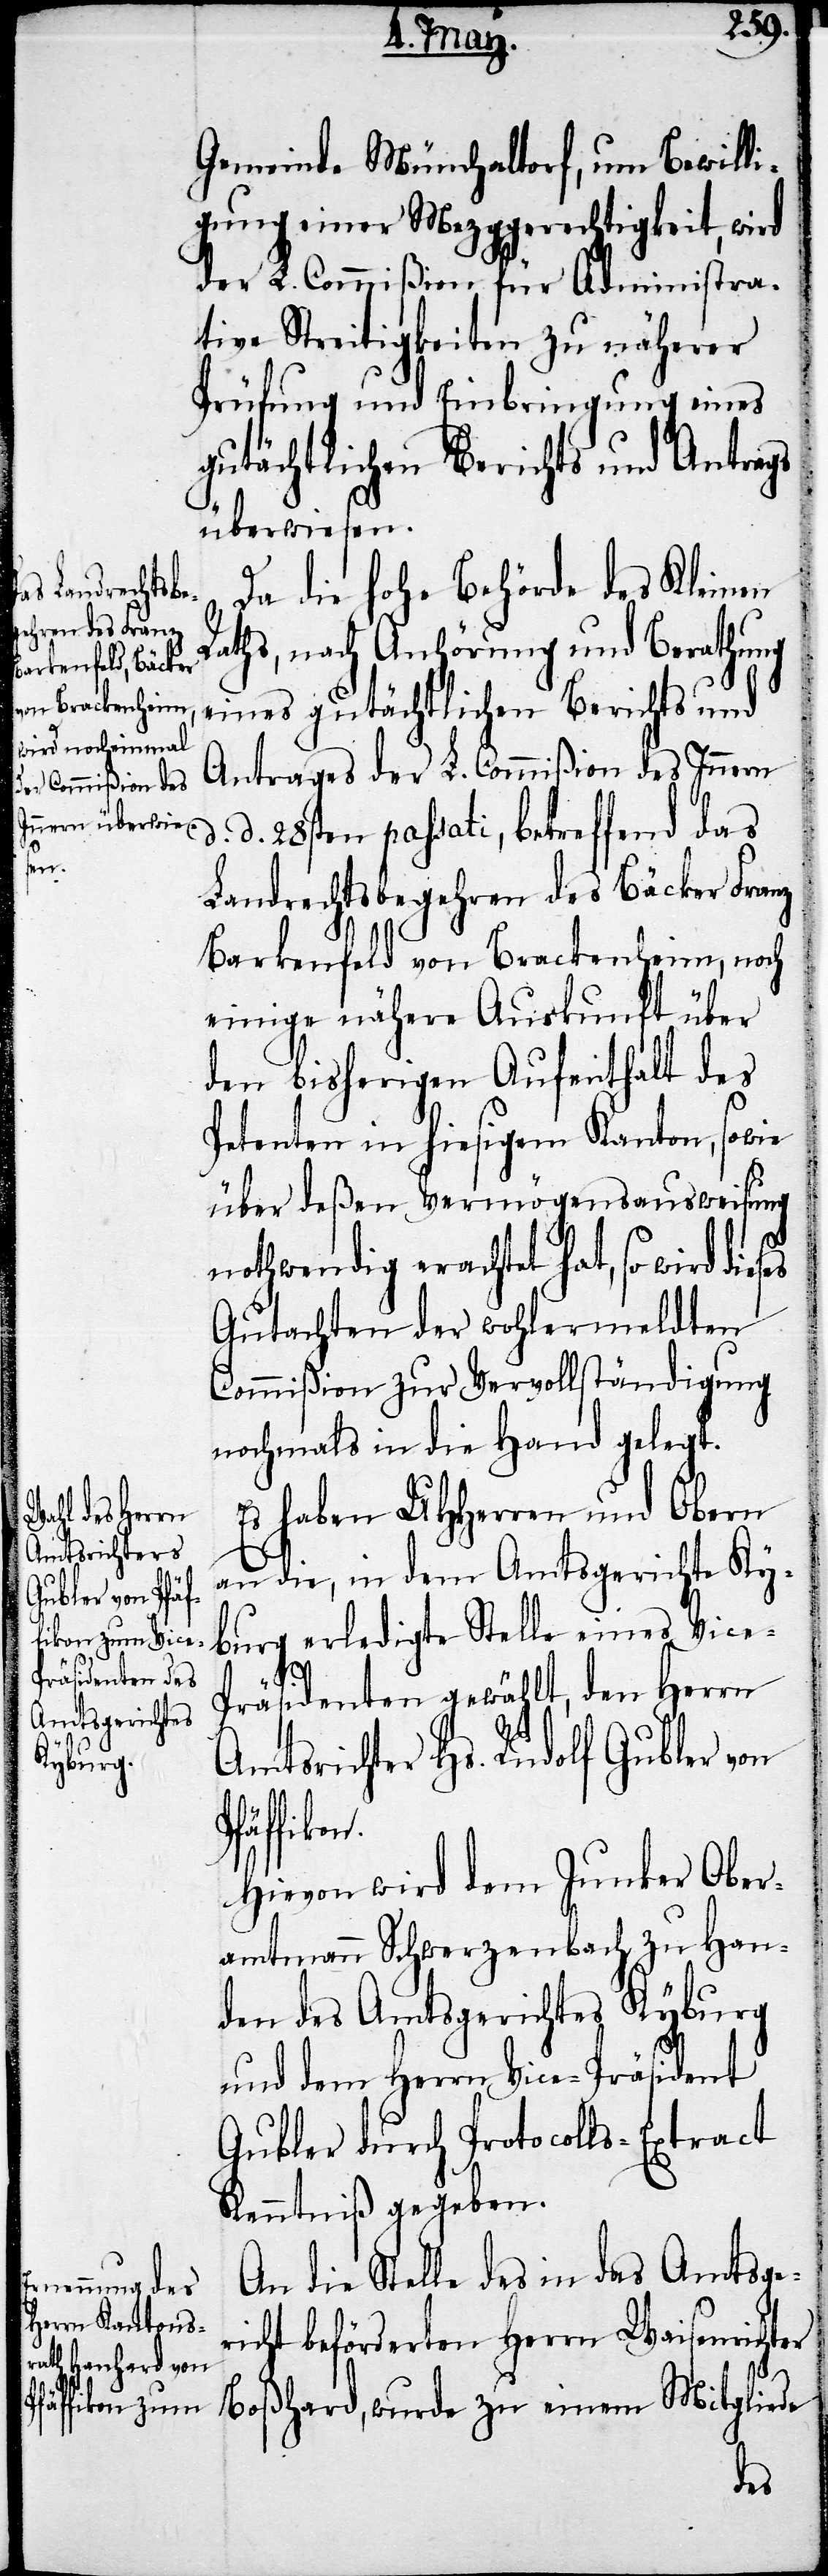
Gemeinde Münchaltorf, um Bewilli¬
gung einer Mezggerechtigkeit, wird
der L. Commißion für Administra¬
tive Streitigkeiten zu näherer
Prüfung und Einbringung eines
gutächtlichen Berichts und Antrags
überwiesen.
Da die hohe Behörde des Kleinen
Raths, nach Anhörung und Berathung
eines gutächtlichen Berichts und
Antrages der L. Commißion des Innern
d. 28sten passati, betreffend das
Landrechtsbegehren des Bäcker Franz
Barkenfeld von Brackenheim, noch
einige nähere Auskunft über
den bisherigen Aufenthalt des
Petenten in hiesigem Kanton, sowie
über deßen Vermögensausweisung
nothwendig erachtet hat, so wird die¬
Gutachten der wohlermeldten
Commißion zur Vervollständigung
nochmals in die Hand gelegt.
Es haben UHHerren und Obern
an die, in dem Amtsgerichte Ky¬
brug erledigte Stelle eines Vice-P¬
ses
d.
räsidenten gewählt, den Herrn
Amtrichter Hs. Rudolf Gubler von
Hievon wird dem Junker Ober¬
amtmann Schwerzenbach zu Han¬
den des Amtsgerichtes Kyburg
und dem Herrn Vice-Präsident
Gubler durch Protocolls-Extract
Kenntniß gegeben.
An die Stelle des in das Amtsge¬
richt beförderten Herrn Waisenrich¬
ter Boßhard, wurde zu einem Mitgliede